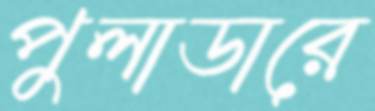
পুলাডারে